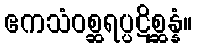
ဧကသံဝစ္ဆရပ္ပဋိစ္ဆန္နံ။